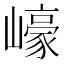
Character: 㠙